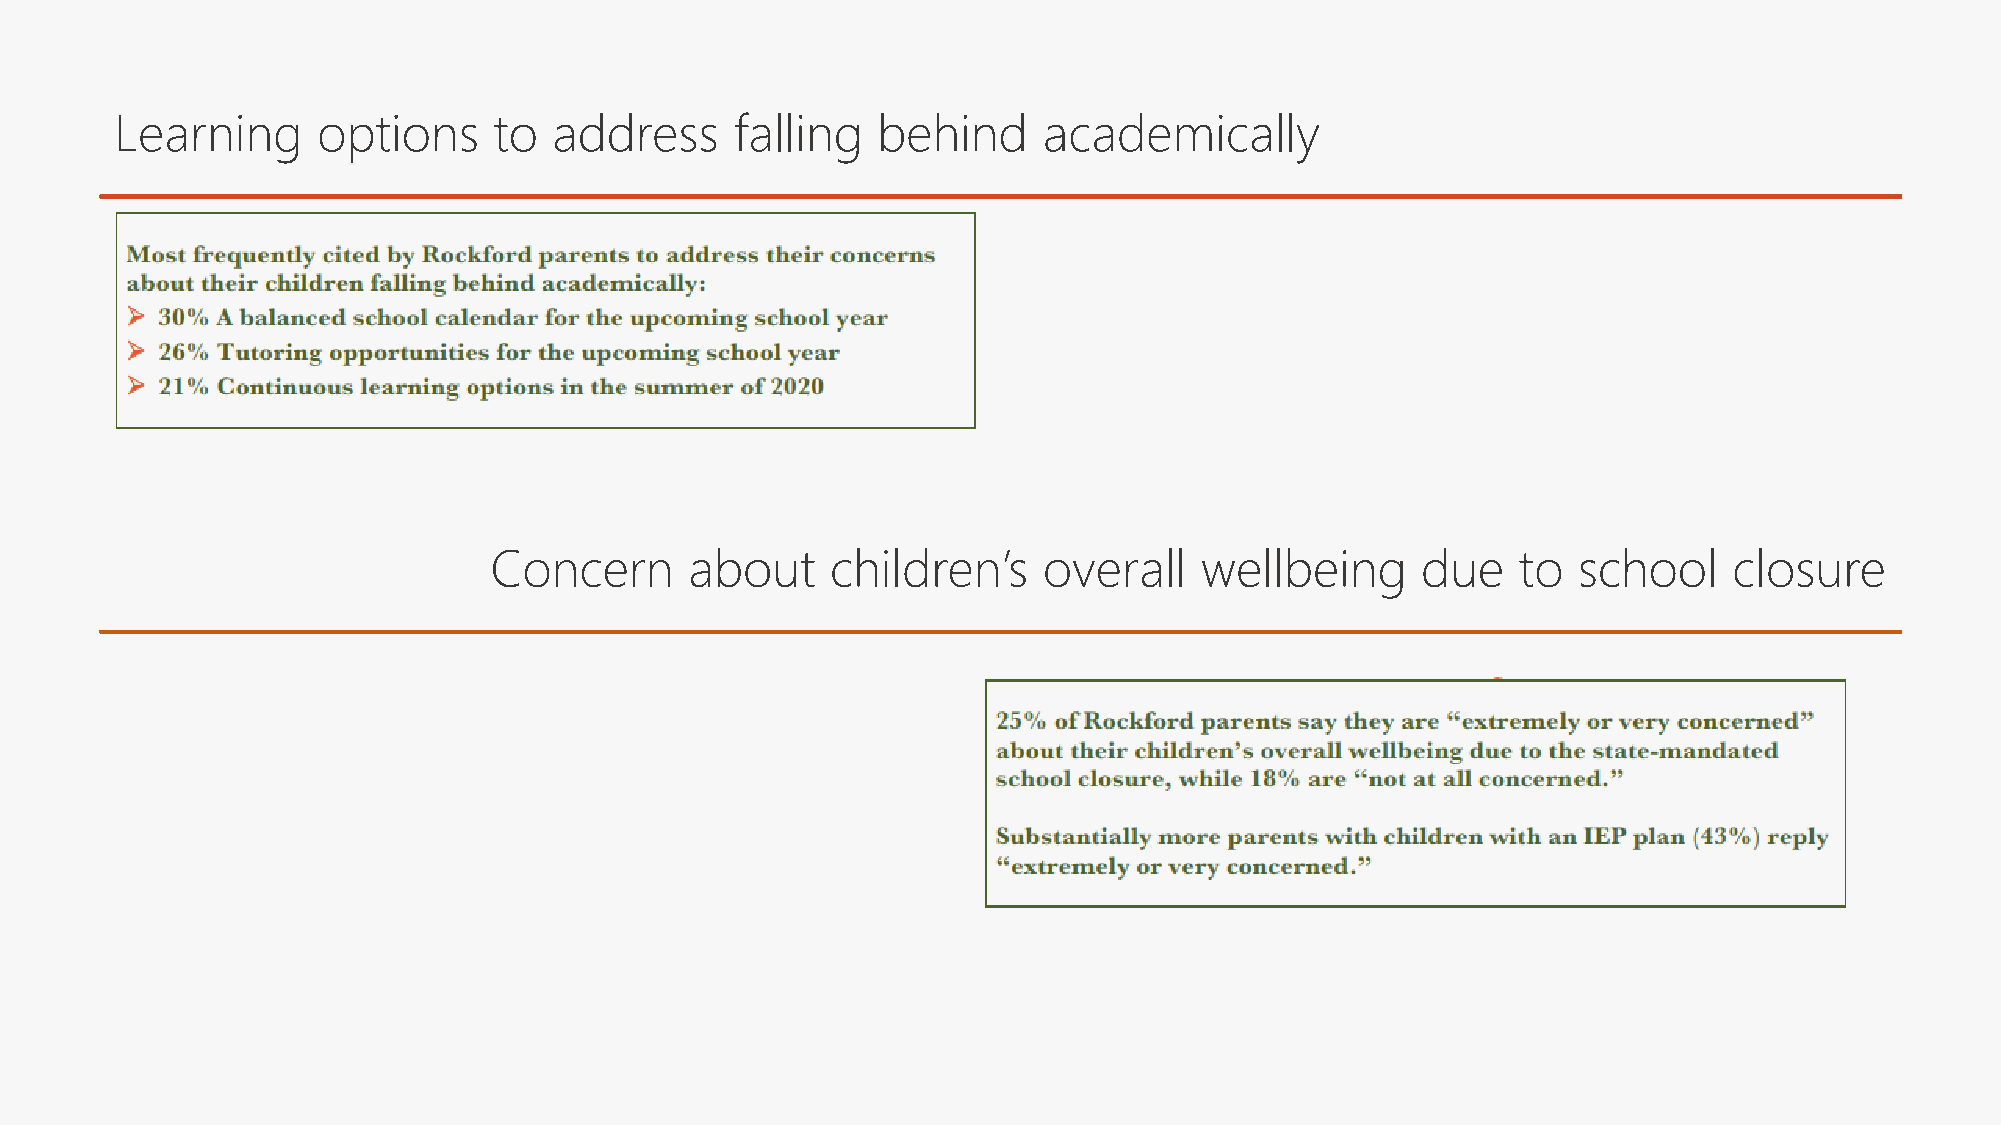
Learning     options     to  address     falling  behind     academically
 Concern       about    children’s    overall   wellbeing      due    to school     closure